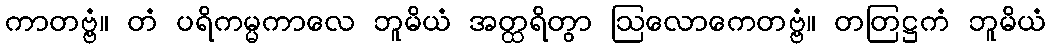
ကာတဗ္ဗံ။ တံ ပရိကမ္မကာလေ ဘူမိယံ အတ္ထရိတွာ ဩလောကေတဗ္ဗံ။ တတြဋ္ဌကံ ဘူမိယံ